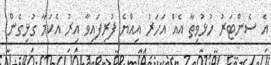
އެ ސެންޓަރު ހުޅުވިތާ އެއް އަހަރު އިއްޔެ ފުރިފައިވާ އިރު އެކަމާ ގުޅިގެން